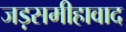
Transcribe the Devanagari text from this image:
जड़समीहावाद